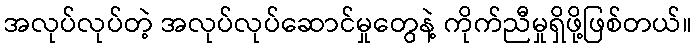
အလုပ်လုပ်တဲ့ အလုပ်လုပ်ဆောင်မှုတွေနဲ့ ကိုက်ညီမှုရှိဖို့ဖြစ်တယ်။